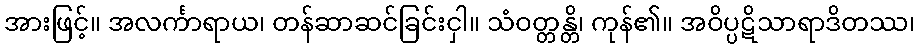
အားဖြင့်။ အလင်္ကာရာယ၊ တန်ဆာဆင်ခြင်းငှါ။ သံဝတ္တန္တိ၊ ကုန်၏။ အဝိပ္ပဋိသာရာဒိတဿ၊